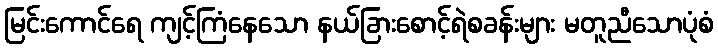
မြင်းကောင်ရေ ကျင့်ကြံနေသော နယ်ခြားစောင့်ရဲစခန်းများ မတူညီသောပုံစံ